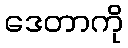
ဒေတာကို